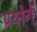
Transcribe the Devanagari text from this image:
प्रयोगें